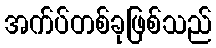
အက်ပ်တစ်ခုဖြစ်သည်